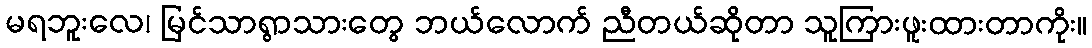
မရဘူးလေ၊ မြင်သာရွာသားတွေ ဘယ်လောက် ညီတယ်ဆိုတာ သူကြားဖူးထားတာကိုး။